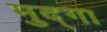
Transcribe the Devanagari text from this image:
मुद्गा